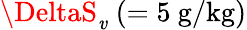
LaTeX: \DeltaS_{\mathit{v}}~(=5\mathrm{{\ g/kg)}}